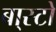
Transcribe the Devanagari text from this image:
बा्स्टो